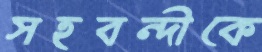
সহবন্দীকে